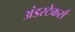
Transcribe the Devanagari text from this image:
अंडरटेकर्स